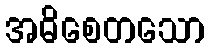
အဓိစေတသော